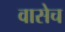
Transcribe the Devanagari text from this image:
वासेच